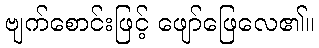
ဗျက်စောင်းဖြင့် ဖျော်ဖြေလေ၏။